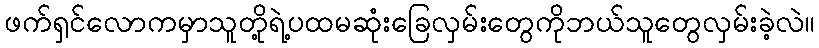
ဖက်ရှင်လောကမှာသူတို့ရဲ့ပထမဆုံးခြေလှမ်းတွေကိုဘယ်သူတွေလှမ်းခဲ့လဲ။